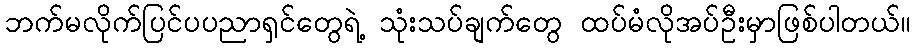
ဘက်မလိုက်ပြင်ပပညာရှင်တွေရဲ့ သုံးသပ်ချက်တွေ ထပ်မံလိုအပ်ဦးမှာဖြစ်ပါတယ်။